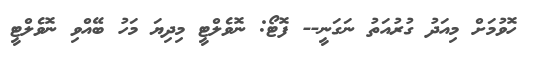
ހޮވުމަށް މިއަދު ގުރުއަތު ނަގަނީ-- ފޮޓޯ: ނޮވެލްޓީ މިދިޔަ މަހު ބޭއްވި ނޮވެލްޓީ